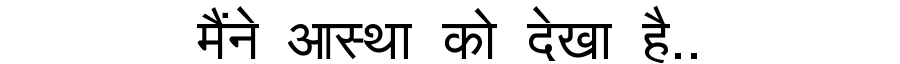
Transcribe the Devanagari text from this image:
मैंने आस्था को देखा है..